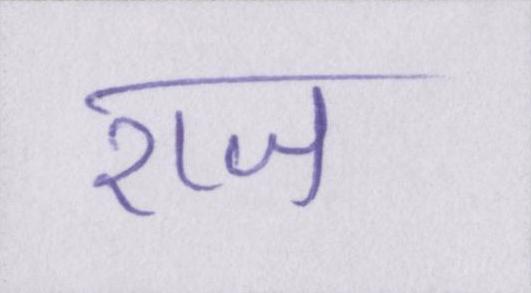
राज